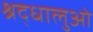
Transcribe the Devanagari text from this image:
श्रद्धालुओ